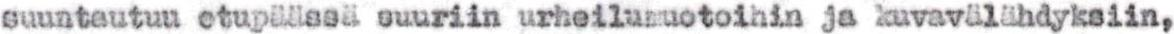
suuntautuu etupäässä suuriin urheilumuotoihin ja kuvavälähdyksiin,